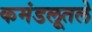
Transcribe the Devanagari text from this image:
कमंडलूतले